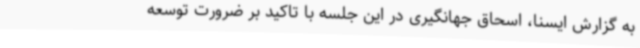
به گزارش ایسنا، اسحاق جهانگیری در این جلسه با تاکید بر ضرورت توسعه